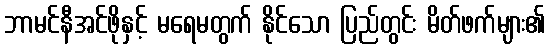
ဘာမင်နီအင်ဖိုနှင့် မရေမတွက် နိုင်သော ပြည်တွင်း မိတ်ဖက်များ၏